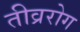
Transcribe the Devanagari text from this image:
तीव्ररोग